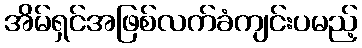
အိမ်ရှင်အဖြစ်လက်ခံကျင်းပမည့်